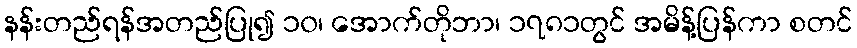
နန်းတည်ရန်အတည်ပြု၍ ၁၀၊ အောက်တိုဘာ၊ ၁၇၈၁တွင် အမိန့်ပြန်ကာ စတင်